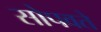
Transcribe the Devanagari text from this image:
सोपवते